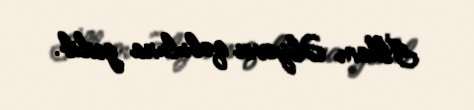
İlham Əliyevin qəbuluna gedib.